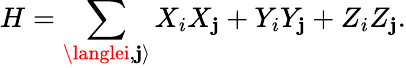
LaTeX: H=\sum_{\langlei,\mathbf{j}\rangle}X_{i}X_{\mathbf{j}}+Y_{i}Y_{\mathbf{j}}+Z_{i}Z_{\mathbf{j}}.